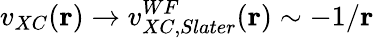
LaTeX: v_{XC}(\mathbf{r})\to v_{XC,Slater}^{WF}(\mathbf{r})\sim-1/\mathbf{r}